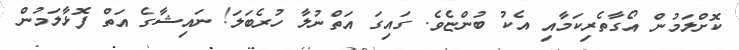
ކޮށްލަމުން އޯގާތެރިކަމާއި އެކު ބުންޏެވެ. ގައިގަ އަތްނުލާ ހުރެބަލަ! ނައިޝާގެ އަތް ފޮޅާލަމުން